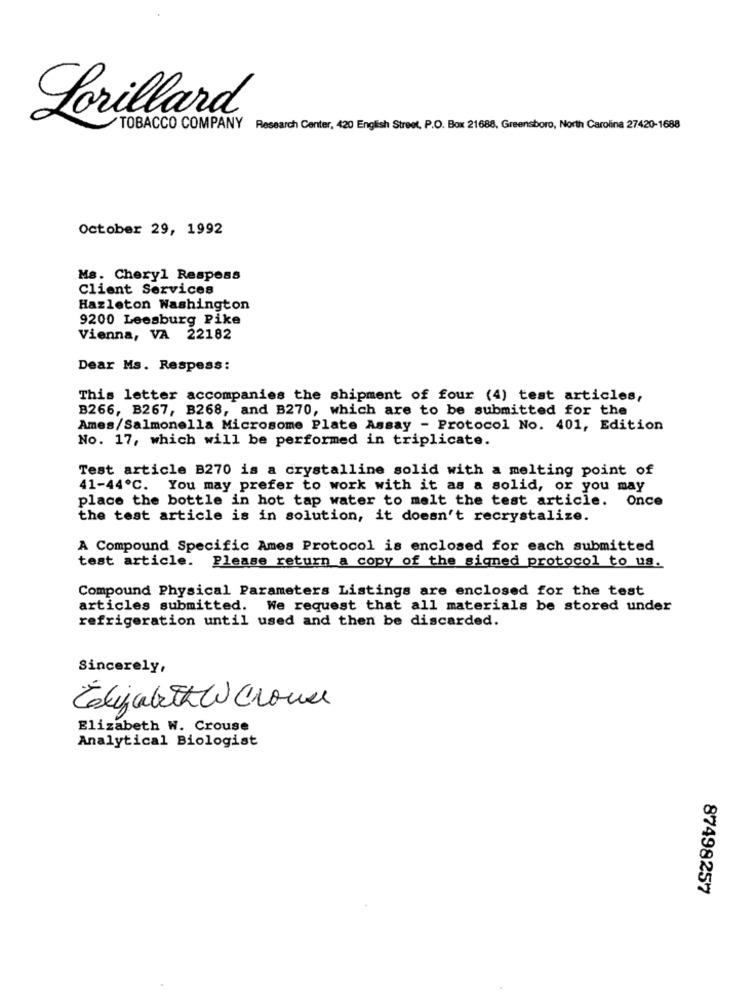
Lorillard
TOBACCO COMPANY Research Center, 420 English Street, P.O. Box 21688, Greensboro, North Carolina 27420-1688
October 29, 1992
Ms. Cheryl Respess
Client Services
Hazleton Washington
9200 Leesburg Pike
Vienna, VA 22182
Dear Ms. Respess:
This letter accompanies the shipment of four (4) test articles,
B266, B267, B268, and B270, which are to be submitted for the
Ames/Salmonella Microsome Plate Assay - Protocol No. 401, Edition
No. 17, which will be performed in triplicate.
Test article B270 is a crystalline solid with a melting point of
41-44℃. You may prefer to work with it as a solid, or you may
place the bottle in hot tap water to melt the test article. Once
the test article is in solution, it doesn't recrystalize.
A Compound Specific Ames Protocol is enclosed for each submitted
test article. Please return a copy of the signed protocol to us.
Compound Physical Parameters Listings are enclosed for the test
articles submitted. We request that all materials be stored under
refrigeration until used and then be discarded.
Sincerely,
Elizabeth W house
Elizabeth W. Crouse
Analytical Biologist
87498257